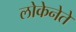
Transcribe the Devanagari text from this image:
लोकेनेते